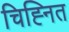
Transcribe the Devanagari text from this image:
चिह्‍नित